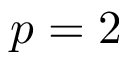
p = 2